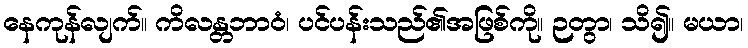
နေကုန်လျက်။ ကိလန္တဘာဝံ၊ ပင်ပန်းသည်၏အဖြစ်ကို။ ဉတွာ၊ သိ၍။ မယာ၊